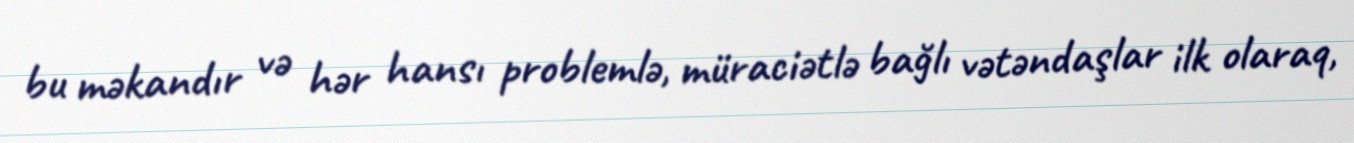
bu məkandır və hər hansı problemlə, müraciətlə bağlı vətəndaşlar ilk olaraq,